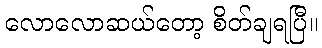
လောလောဆယ်တော့ စိတ်ချရပြီ။